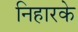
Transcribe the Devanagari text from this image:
निहारके